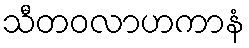
သီတဝလာဟကာနံ